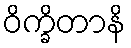
ဝိက္ခိတာနိ